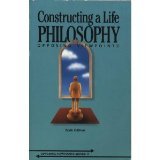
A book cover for Constructing a Life Philosophy: Opposing Viewpoints (Opposing Viewpoints Series); Teen & Young Adult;